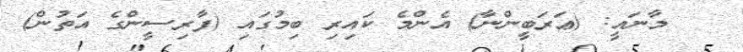
މާނައީ: (ޢަރަބީންނާ) އެންމެ ކައިރި ބިމުގައި (ފާރިސީންގެ އަތުން)